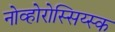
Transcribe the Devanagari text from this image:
नोव्होरोस्सिय्स्क